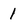
Character: 1